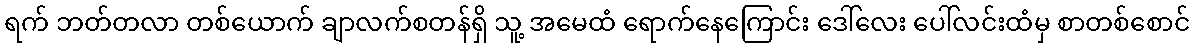
ရက် ဘတ်တလာ တစ်ယောက် ချာလက်စတန်ရှိ သူ့ အမေထံ ရောက်နေကြောင်း ဒေါ်လေး ပေါ်လင်းထံမှ စာတစ်စောင်